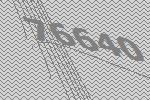
76640